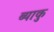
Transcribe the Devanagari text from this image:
ब्याकु